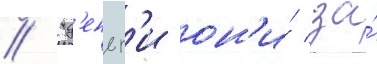
// "д'еньг'и он'и́ за́